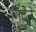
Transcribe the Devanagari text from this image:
गदेने